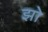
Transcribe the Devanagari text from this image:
झो